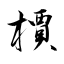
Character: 檟